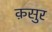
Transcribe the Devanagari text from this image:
क़सुर